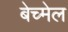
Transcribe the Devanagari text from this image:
बेच्मेल